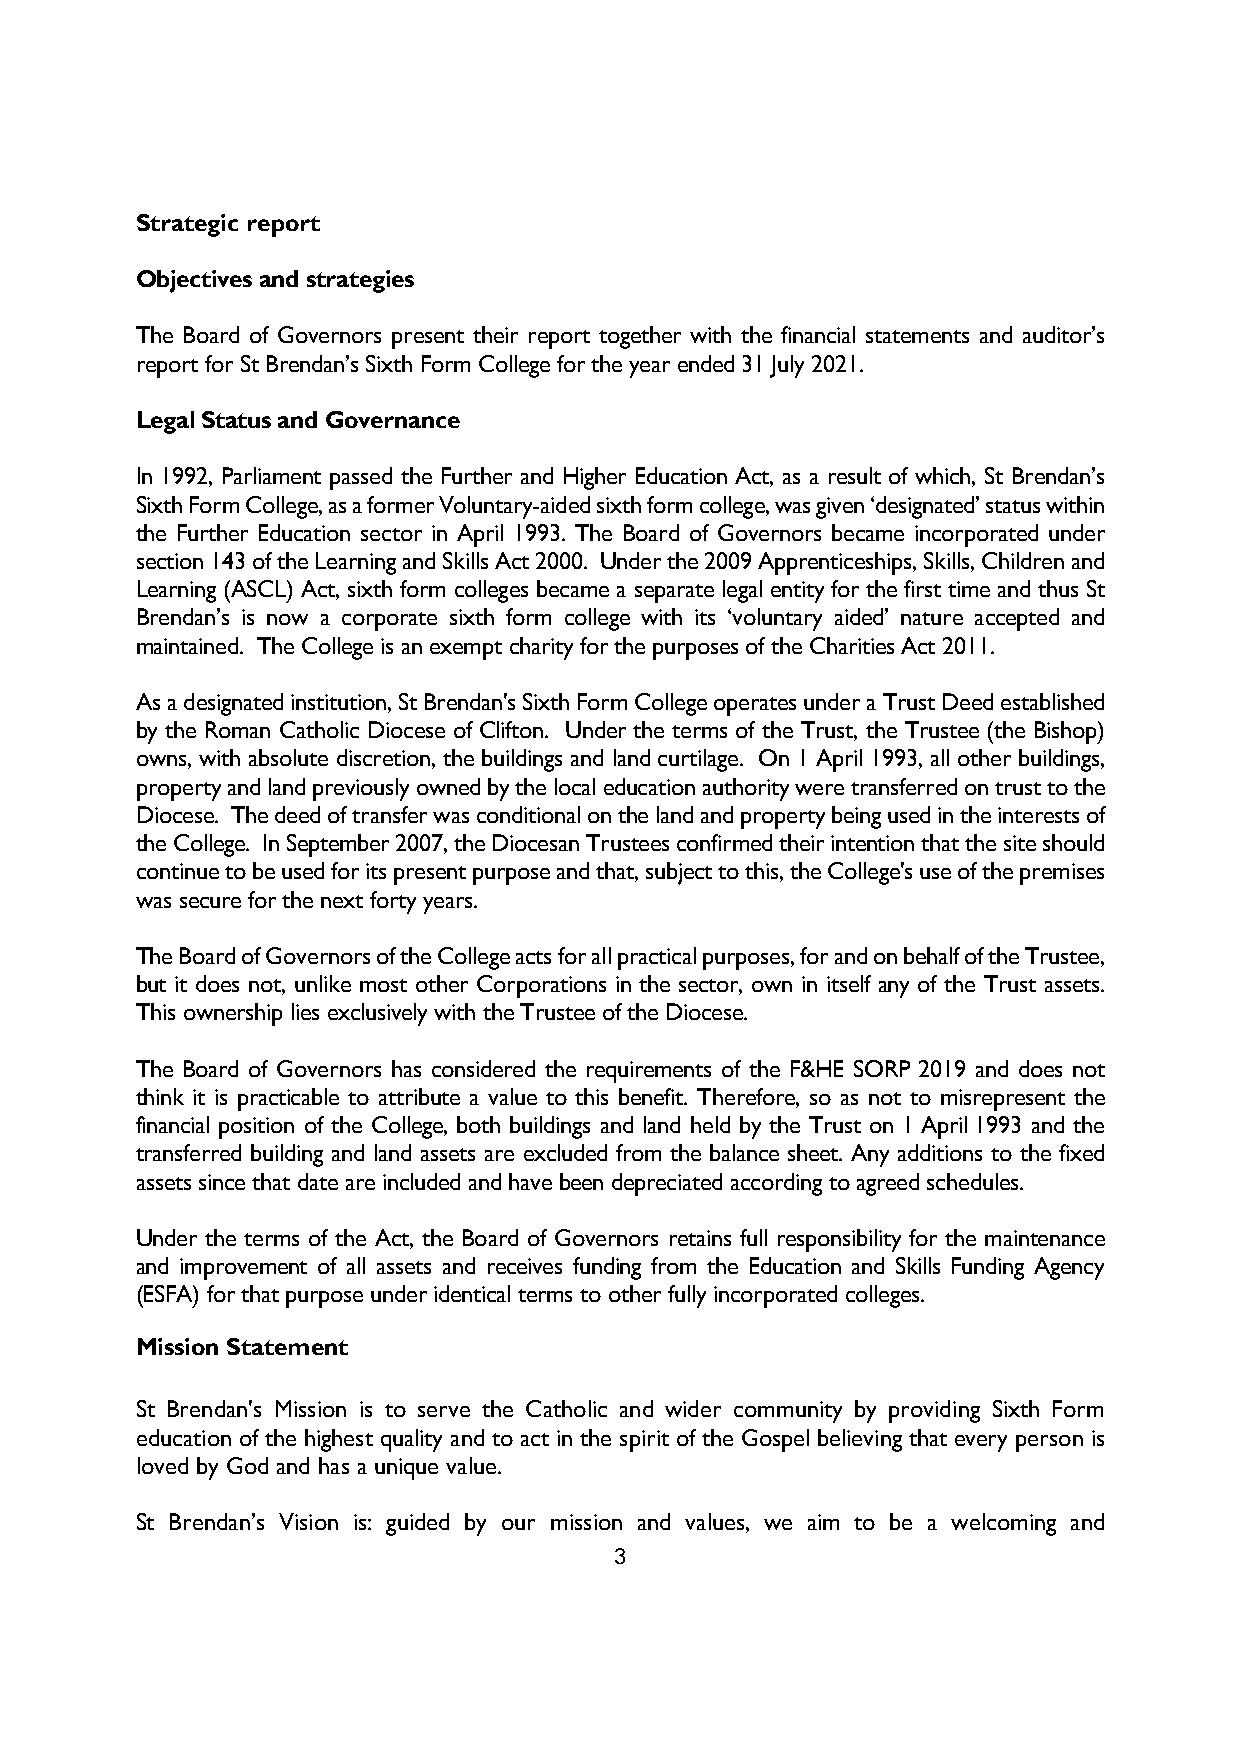
Strategic report
 Objectives and strategies
 The Board of Governors present their report together with the financial statements and auditor’s
 report for St Brendan’s Sixth Form College for the year ended 31 July 2021.
 Legal Status and Governance
 In 1992, Parliament passed the Further and Higher Education Act, as a result of which, St Brendan’s
 Sixth Form College, as a former Voluntary-aided sixth form college, was given ‘designated’ status within
 the Further Education sector in April 1993. The Board of Governors became incorporated under
 section 143 of the Learning and Skills Act 2000. Under the 2009 Apprenticeships, Skills, Children and
 Learning (ASCL) Act, sixth form colleges became a separate legal entity for the first time and thus St
 Brendan’s is now a corporate sixth form college with its ‘voluntary aided’ nature accepted and
 maintained. The College is an exempt charity for the purposes of the Charities Act 2011.
 As a designated institution, St Brendan's Sixth Form College operates under a Trust Deed established
 by the Roman Catholic Diocese of Clifton. Under the terms of the Trust, the Trustee (the Bishop)
 owns, with absolute discretion, the buildings and land curtilage. On 1 April 1993, all other buildings,
 property and land previously owned by the local education authority were transferred on trust to the
 Diocese. The deed of transfer was conditional on the land and property being used in the interests of
 the College. In September 2007, the Diocesan Trustees confirmed their intention that the site should
 continue to be used for its present purpose and that, subject to this, the College's use of the premises
 was secure for the next forty years.
 The Board of Governors of the College acts for all practical purposes, for and on behalf of the Trustee,
 but it does not, unlike most other Corporations in the sector, own in itself any of the Trust assets.
 This ownership lies exclusively with the Trustee of the Diocese.
 The Board of Governors has considered the requirements of the F&HE SORP 2019 and does not
 think it is practicable to attribute a value to this benefit. Therefore, so as not to misrepresent the
 financial position of the College, both buildings and land held by the Trust on 1 April 1993 and the
 transferred building and land assets are excluded from the balance sheet. Any additions to the fixed
 assets since that date are included and have been depreciated according to agreed schedules.
 Under the terms of the Act, the Board of Governors retains full responsibility for the maintenance
 and improvement of all assets and receives funding from the Education and Skills Funding Agency
 (ESFA) for that purpose under identical terms to other fully incorporated colleges.
 Mission Statement
 St Brendan's Mission is to serve the Catholic and wider community by providing Sixth Form
 education of the highest quality and to act in the spirit of the Gospel believing that every person is
 loved by God and has a unique value.
 St Brendan’s Vision is: guided by our mission and values, we aim to be a welcoming and
 3